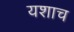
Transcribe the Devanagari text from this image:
यशाच